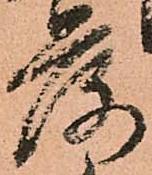
落